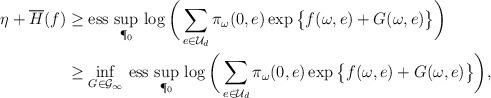
LaTeX: \begin{align*}\begin{aligned}\eta+ \overline H(f) &\geq\mathrm{ess}\,\sup_{\P_0}\, \log\bigg(\sum_{e\in\mathcal U_d}\pi_\omega(0,e)\exp\big\{f(\omega,e)+ G(\omega,e)\big\}\bigg) \\&\geq\inf_{G\in\mathcal G_\infty}\,\mathrm{ess}\,\sup_{\P_0}\, \log\bigg(\sum_{e\in\mathcal U_d}\pi_\omega(0,e)\exp\big\{f(\omega,e)+ G(\omega,e)\big\}\bigg),\end{aligned}\end{align*}